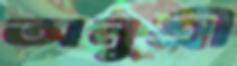
অনুশ্রী